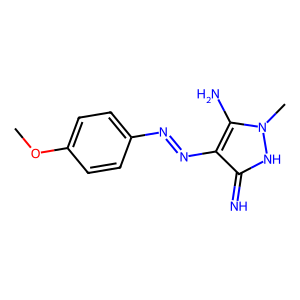
SMILES: COc1ccc(N=Nc2c(N)n(C)[nH]c2=N)cc1
Inhibits HIV replication: No